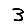
Digit: 3